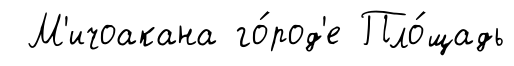
М'ичоакана го́род'е Пло́щадь